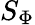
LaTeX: S_{\Phi}